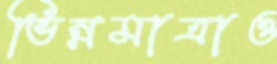
ভিন্নমাত্রাও